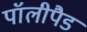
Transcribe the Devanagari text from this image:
पॉलीपैड